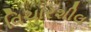
વિચારશીલ